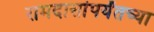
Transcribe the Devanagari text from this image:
रामदासांपर्यंतच्या